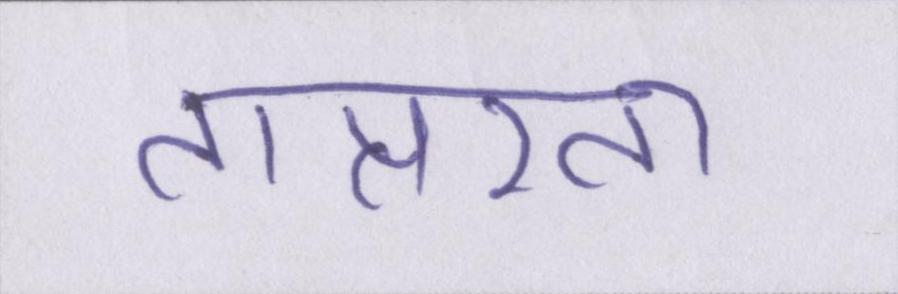
तात्परता